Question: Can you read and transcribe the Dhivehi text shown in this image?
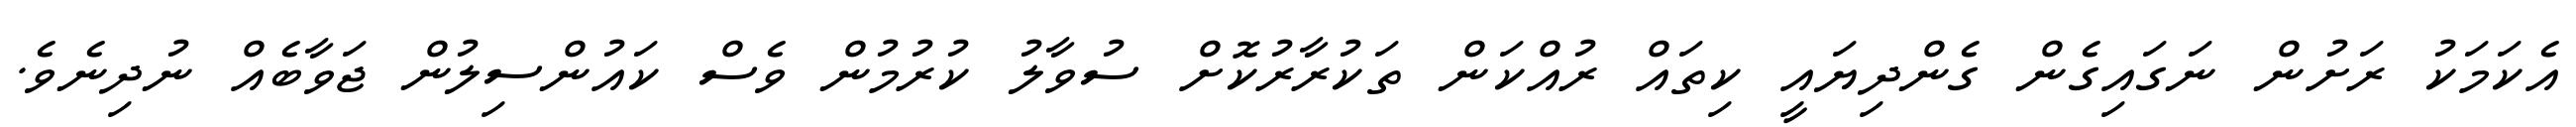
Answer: އެކަމަކު ރަށުން ނަގައިގެން ގެންދިޔައީ ކިތައް ރުއްކަން ތަކުރާރުކޮށް ސުވާލު ކުރުމުން ވެސް ކައުންސިލުން ޖަވާބެއް ނުދިނެވެ.